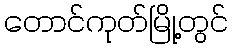
တောင်ကုတ်မြို့တွင်